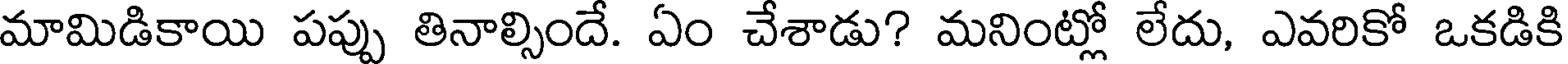
మామిడికాయి పప్పు తినాల్సిందే. ఏం చేశాడు? మనింట్లో లేదు, ఎవరికో ఒకడికి